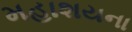
મહાશયના